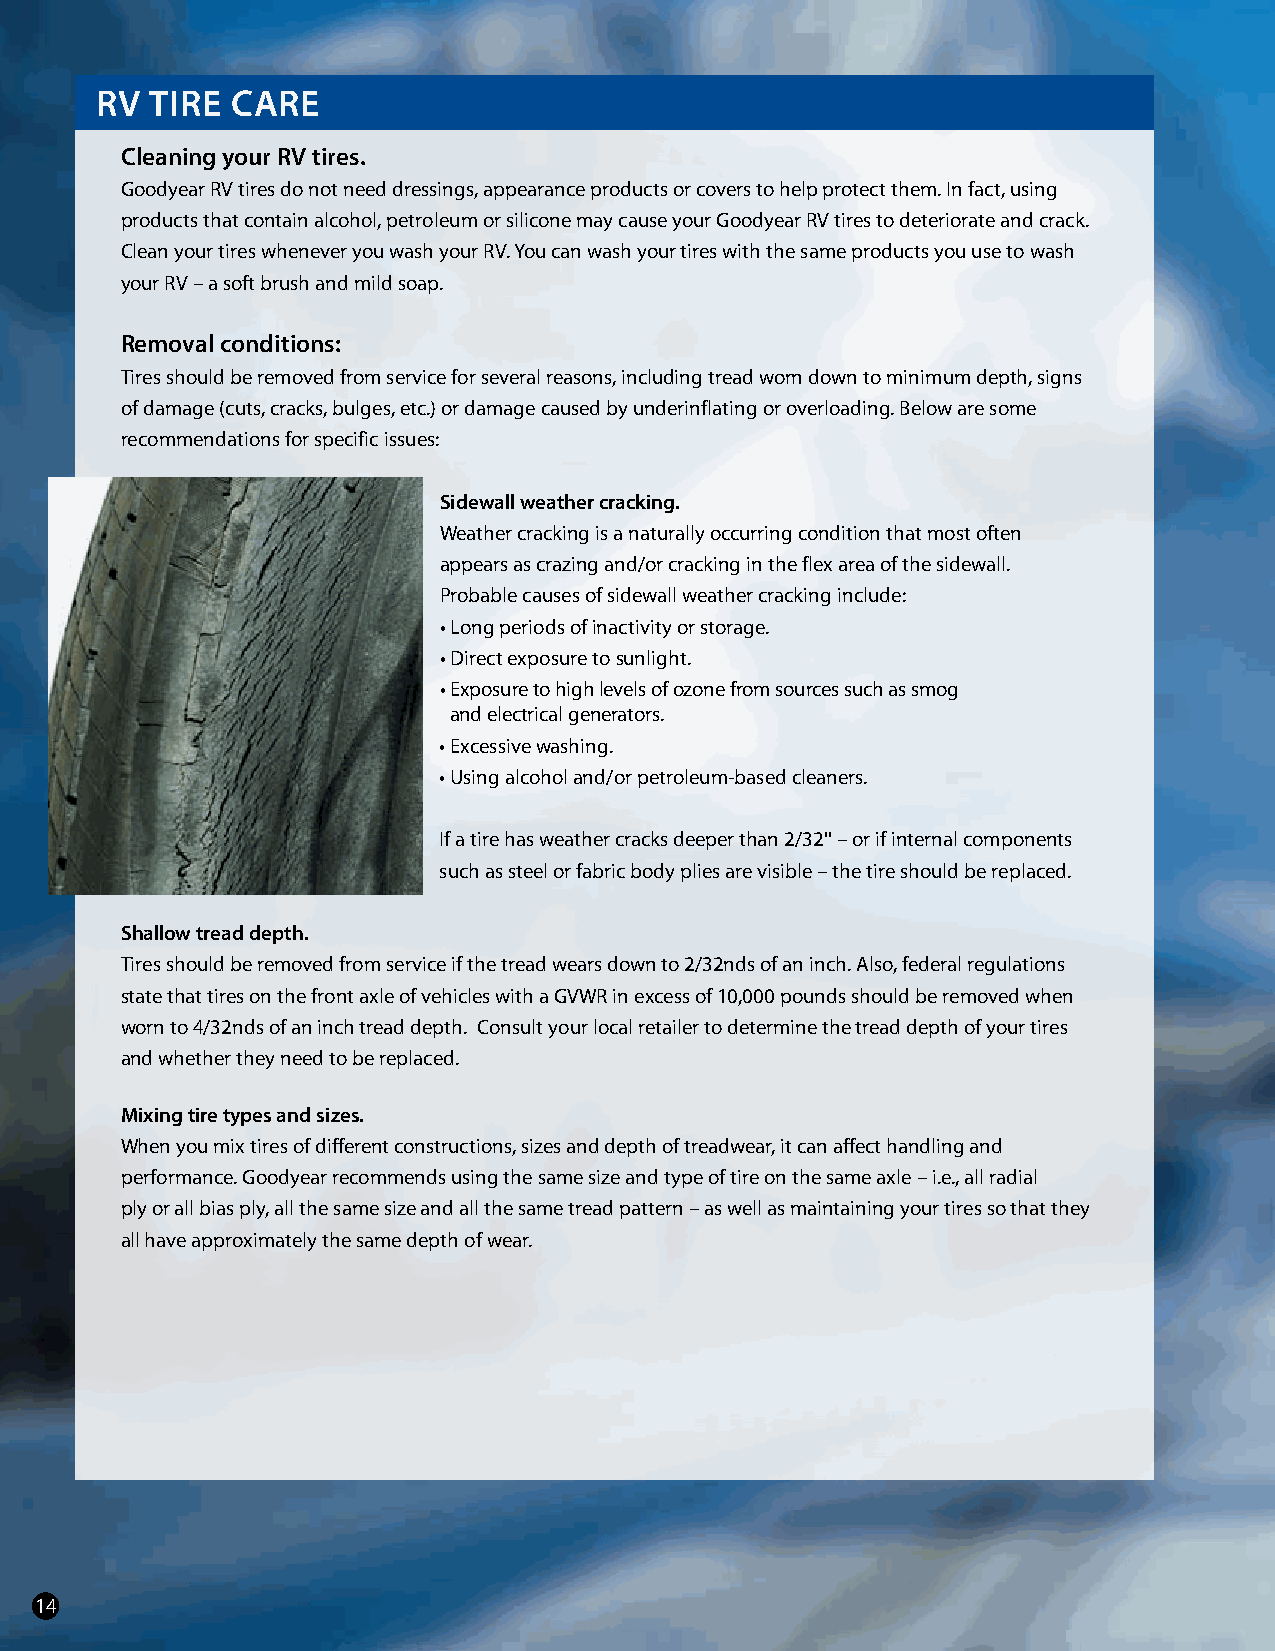
RV  TIRe CaRe
 Cleaning your RV tires.
 Goodyear RV tires do not need dressings, appearance products or covers to help protect them. In fact, using
 products that contain alcohol, petroleum or silicone may cause your Goodyear RV tires to deteriorate and crack.
 Clean your tires whenever you wash your RV. You can wash your tires with the same products you use to wash
 your RV – a soft brush and mild soap.
 Removal conditions:
 Tires should be removed from service for several reasons, including tread worn down to minimum depth, signs
 of damage (cuts, cracks, bulges, etc.) or damage caused by underinflating or overloading. Below are some
 recommendations for specific issues:
 sidewall weather cracking.
 Weather cracking is a naturally occurring condition that most often
 appears as crazing and/or cracking in the flex area of the sidewall.
 Probable causes of sidewall weather cracking include:
 • Long periods of inactivity or storage.
 • Direct exposure to sunlight.
 • Exposure to high levels of ozone from sources such as smog
 and electrical generators.
 • Excessive washing.
 • Using alcohol and/or petroleum-based cleaners.
 If a tire has weather cracks deeper than 2/32'' – or if internal components
 such as steel or fabric body plies are visible – the tire should be replaced.
 shallow tread depth.
 Tires should be removed from service if the tread wears down to 2/32nds of an inch. Also, federal regulations
 state that tires on the front axle of vehicles with a GVWR in excess of 10,000 pounds should be removed when
 worn to 4/32nds of an inch tread depth. Consult your local retailer to determine the tread depth of your tires
 and whether they need to be replaced.
 Mixing tire types and sizes.
 When you mix tires of different constructions, sizes and depth of treadwear, it can affect handling and
 performance. Goodyear recommends using the same size and type of tire on the same axle – i.e., all radial
 ply or all bias ply, all the same size and all the same tread pattern – as well as maintaining your tires so that they
 all have approximately the same depth of wear.
 14